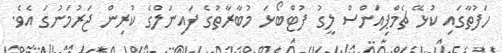
ހަފުތާގައި ކުޅޭ ޗެމްޕިއަންސް ލީގު ފުޓްބޯޅަ މުބާރާތުގެ ފައިނަލްގެ ކުރިން ޖަރުމަނުގަ އެވެ.